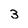
Character: 3